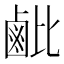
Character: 𬸲